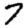
Digit: 7